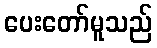
ပေးတော်မူသည်